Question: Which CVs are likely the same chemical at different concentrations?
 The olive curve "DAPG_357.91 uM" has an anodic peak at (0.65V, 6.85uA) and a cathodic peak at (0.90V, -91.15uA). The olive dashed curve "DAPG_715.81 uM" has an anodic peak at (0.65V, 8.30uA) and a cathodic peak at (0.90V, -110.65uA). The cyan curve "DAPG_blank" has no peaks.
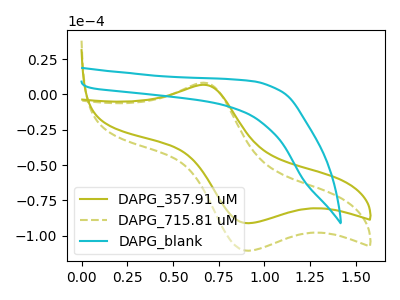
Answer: <think>All the peaks in "DAPG_357.91 uM" have a peak in "DAPG_715.81 uM" at the same potential. Every peak in "DAPG_357.91 uM" is lower than every peak in "DAPG_715.81 uM". "DAPG_357.91 uM" and "DAPG_blank" have a different number of peaks. "DAPG_715.81 uM" and "DAPG_blank" have a different number of peaks.
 </think>
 <answer>"DAPG_357.91 uM" and "DAPG_715.81 uM" have the same shape and are likely CV's of the same chemical.</answer>
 <eval>"DAPG_357.91 uM" "DAPG_715.81 uM"</eval>